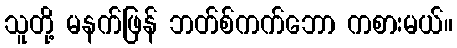
သူတို့ မနက်ဖြန် ဘတ်စ်ကက်ဘော ကစားမယ်။